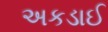
અકડાઈ